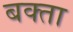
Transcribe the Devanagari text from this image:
बक्‍ता